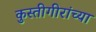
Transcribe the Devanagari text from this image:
कुस्तीगीरांच्या